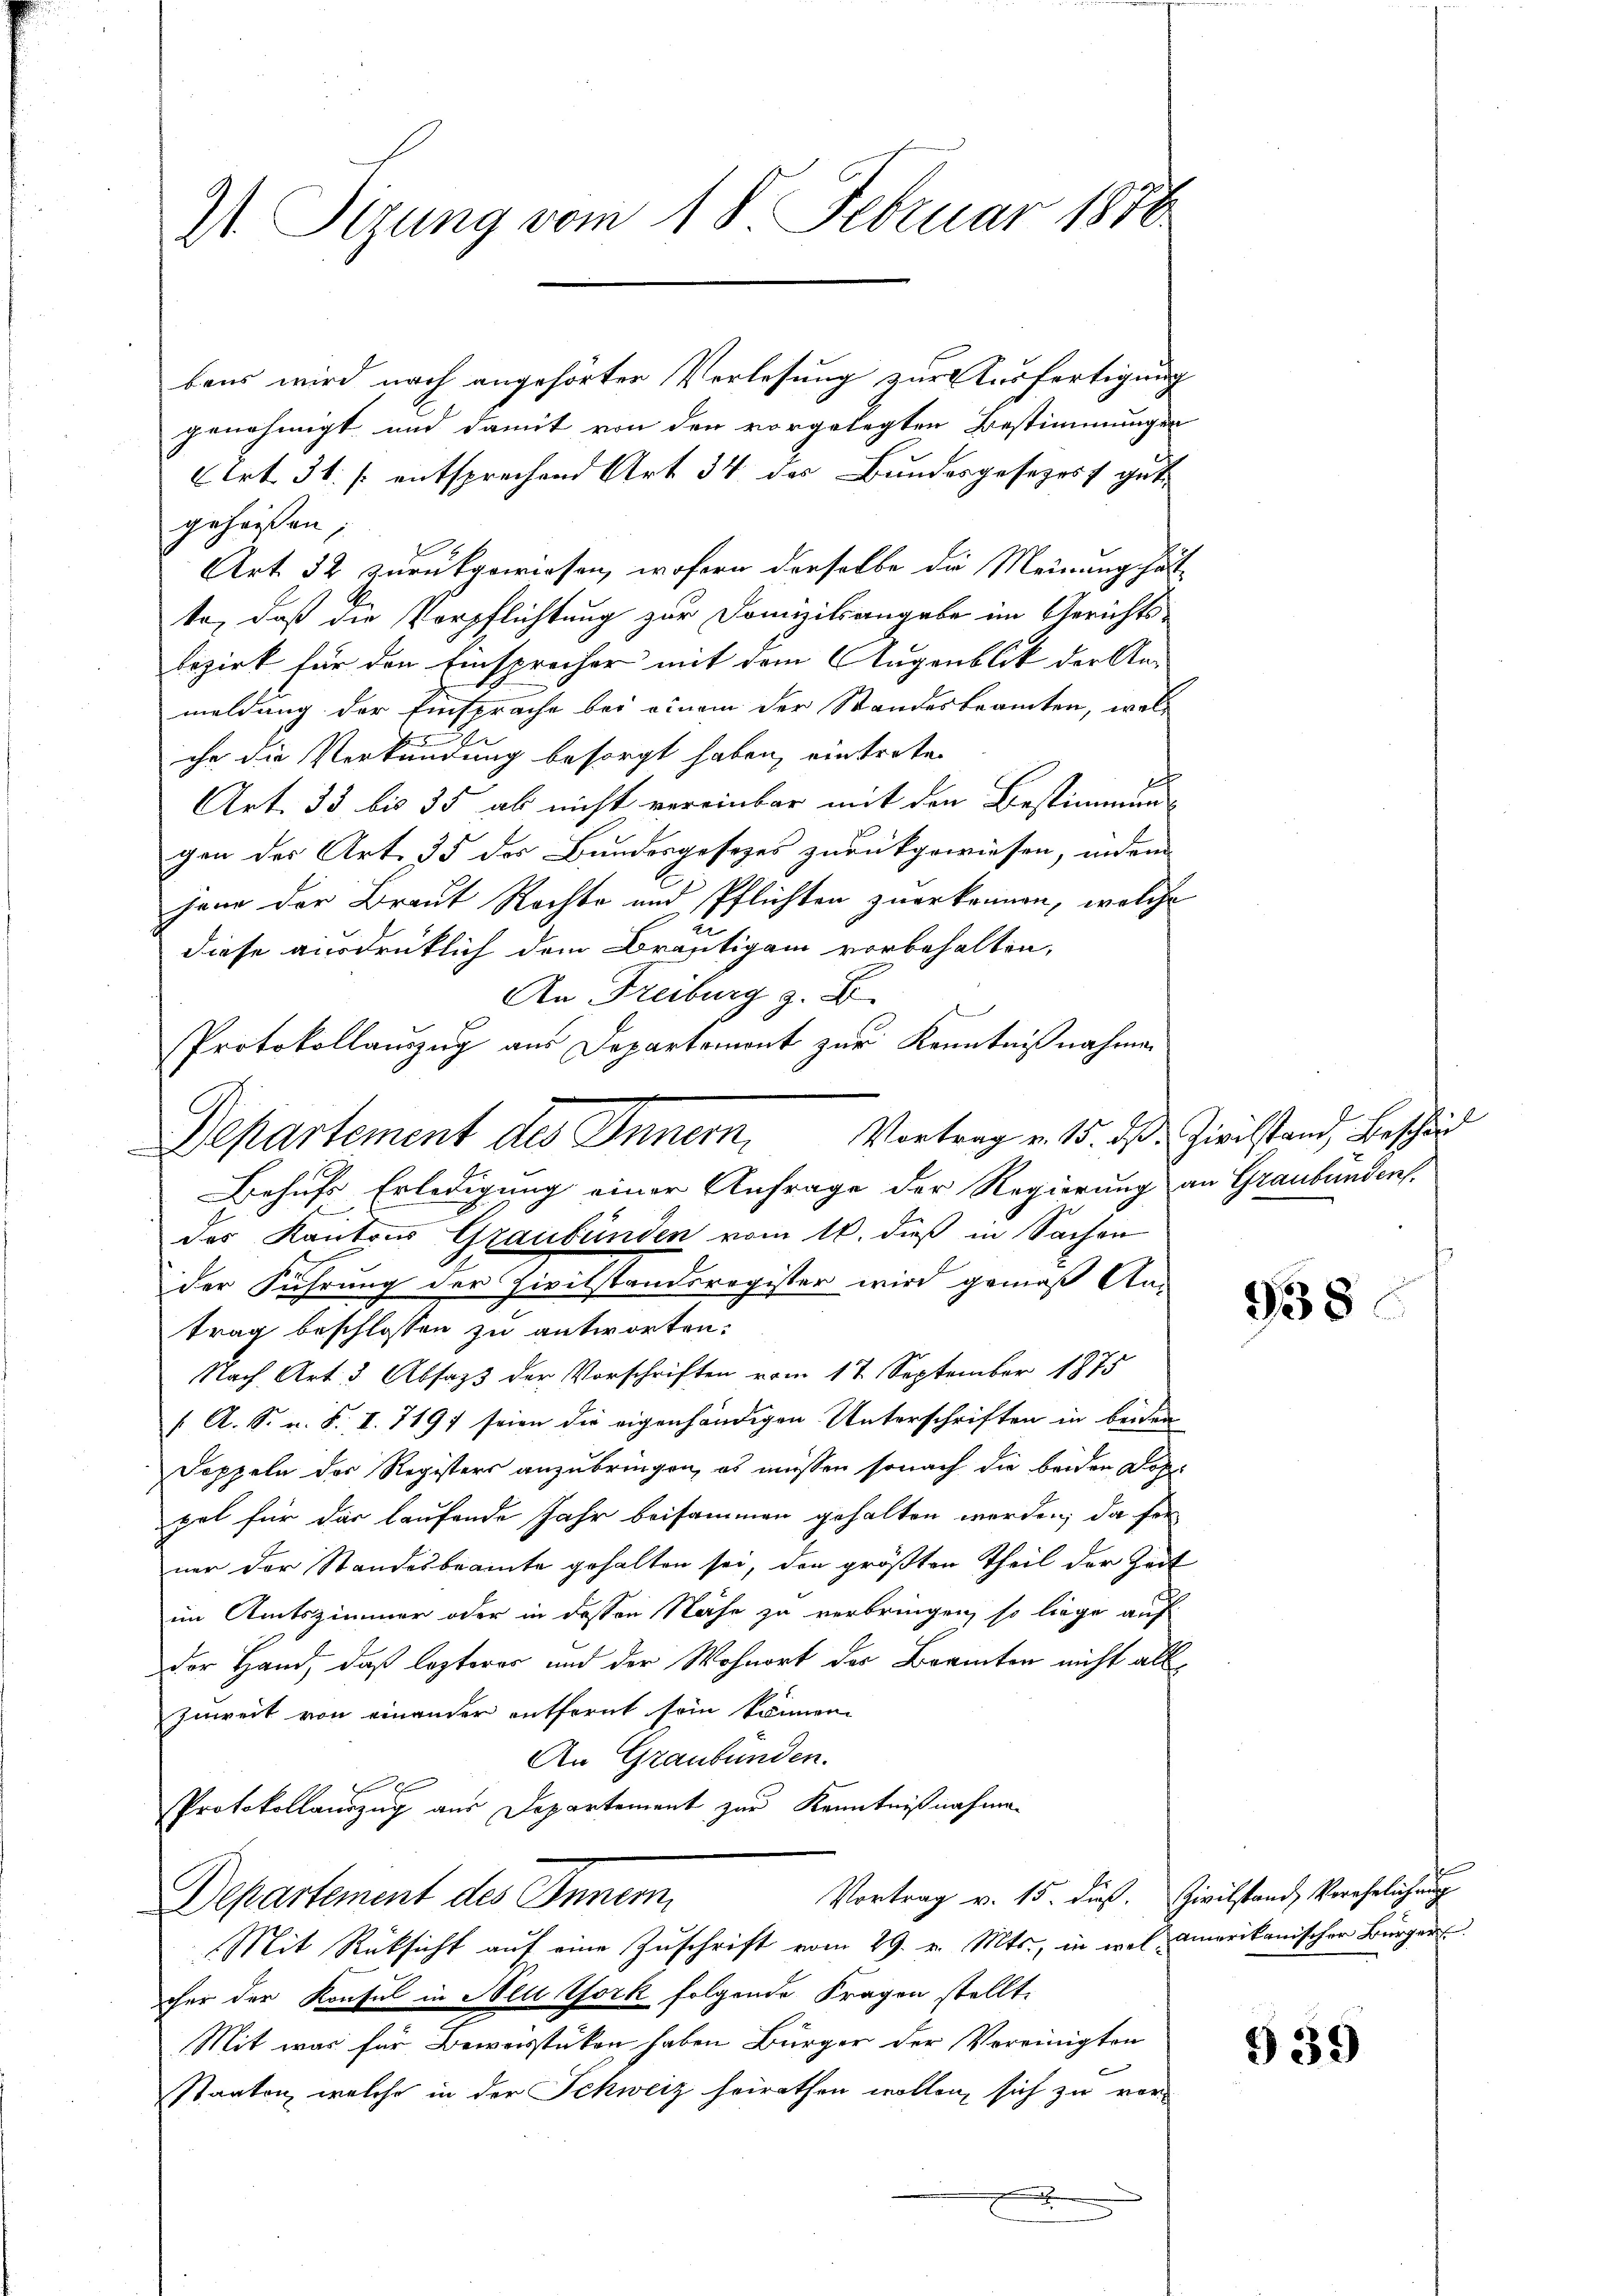
I Sizung vom 18. Februar 1870

bens wird nach angehörter Verlesung zur Ausfertigung
genehmigt und damit von den vorgelegten Bestimmungen
Art. 31. (: entsprechend Art 34 des Bundesgesezess gute
gehausen,
Art. 32 zurückgewiesen, wofern derselbe die Meinung hätte
te, daß die Verpflichtung zur Domiziliangabe im Gerichtsbezirk für den Einsprecher mit dem Augenblick der An-
meldung der Einsprache bei einem der Standesbeamten, welihr die Verkündung besorgt haben, eintreten
Art. 33 bis 35 ab nicht vereinbar mit den Bestimmung
gen des Art. 35 des Bundesgesezes zurückgewiesen, indem
hane der Braut Rechte und Pflichten zuerkennen, welche
diese ausdrüklich dem Bräutigam vorbehalten,
An Freiburg z. B.
Behufs Erledigung einer Anfrage der Regierung an Graubünden.
des Kantons Graubünden vom 16. dieß in Sachen
der Führung der Civilstandsregister wird gemäß An-
trag beschlossen zu antworten:
Nach Art. 3 Absass der Vorschriften vom 17. September 1875
( A. S. n. F. II. 7197 seien die eigenhändigen Unterschriften in beiden
Soppeln der Registers anzubringen, ob müssen sonach die beiden Dohl
pal für das laufende Jahr beisammen gehalten werden, da fer
ner der Standesbeamte gehalten sei, den größten Theil der Zeit
b
im Amtszimmer oder in dessen Nähe zu verbringen, so liege auf
der Hand, daß lezterer und der Wohnort des Beamten nicht all
zuweit von einander entfernt sein können.
An Graubünden.
Protokollauszug aus Departement zur Kenntnißnahmen
Vortrag v. 15. dieß. Zivilstand Verehelichung
Departement des Innern,
Mit Rüksicht auf eine Zuschrift vom 29. v. Mts., in wel amerikanischer Bürger
für der Konsul in Neu York folgende Fragen stellt.
Mit was für Beweisstücken haben Bürger der Vereinigten
Staaten, welche in der Schweiz heirathen wollen, sich zu vor-
.

Protokollauszug aus Departemont zur Kenntnißnahmen
Departement des Inner Vortrag v. 15. d. Zivilstand, Beschäd

938

939